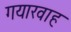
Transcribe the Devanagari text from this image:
गयारवाह